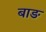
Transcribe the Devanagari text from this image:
बाङ